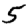
Digit: 5